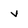
Character: v